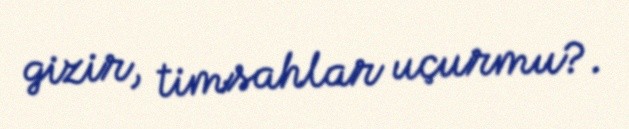
gizir, timsahlar uçurmu?.